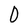
Character: 0